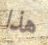
هذا